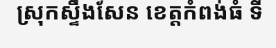
ស្រុកស្ទឹងសែន ខេត្តកំពង់ធំ ទី